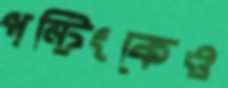
পন্টিংকেও